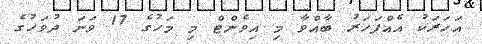
އަހަރަކު އެއްފަހަރު ބާއްވާ މި އިވެންޓް މި މަހުގެ 17 ވަނަ ދުވަހުގެ